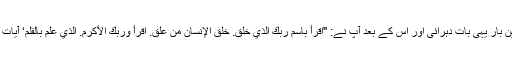
حضرت جبریل نے تین بار یہی بات دہرائی اور اس کے بعد آپ نے: "اقرأ باسم ربك الذي خلق. خلق الإنسان من علق. اقرأ وربك الأكرم. الذي علم بالقلم‘ آیات کی تلاوت شروع کی۔